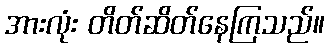
အားလုံး တိတ်ဆိတ်နေကြသည်။